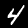
Digit: 4